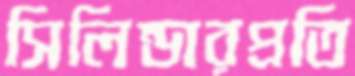
সিলিন্ডারপ্রতি